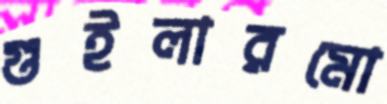
গুইলারমো